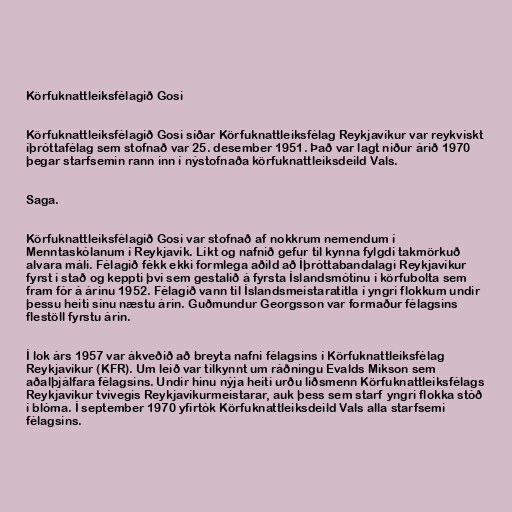
Körfuknattleiksfélagið Gosi

Körfuknattleiksfélagið Gosi síðar Körfuknattleiksfélag Reykjavíkur var reykvískt
íþróttafélag sem stofnað var 25. desember 1951. Það var lagt niður árið 1970
þegar starfsemin rann inn í nýstofnaða körfuknattleiksdeild Vals.

Saga.

Körfuknattleiksfélagið Gosi var stofnað af nokkrum nemendum í
Menntaskólanum í Reykjavík. Líkt og nafnið gefur til kynna fylgdi takmörkuð
alvara máli. Félagið fékk ekki formlega aðild að Íþróttabandalagi Reykjavíkur
fyrst í stað og keppti því sem gestalið á fyrsta Íslandsmótinu í körfubolta sem
fram fór á árinu 1952. Félagið vann til Íslandsmeistaratitla í yngri flokkum undir
þessu heiti sínu næstu árin. Guðmundur Georgsson var formaður félagsins
flestöll fyrstu árin.

Í lok árs 1957 var ákveðið að breyta nafni félagsins í Körfuknattleiksfélag
Reykjavíkur (KFR). Um leið var tilkynnt um ráðningu Evalds Mikson sem
aðalþjálfara félagsins. Undir hinu nýja heiti urðu liðsmenn Körfuknattleiksfélags
Reykjavíkur tvívegis Reykjavíkurmeistarar, auk þess sem starf yngri flokka stóð
í blóma. Í september 1970 yfirtók Körfuknattleiksdeild Vals alla starfsemi
félagsins.